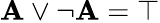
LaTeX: \mathbf{A}\lor\neg\mathbf{A}=\top